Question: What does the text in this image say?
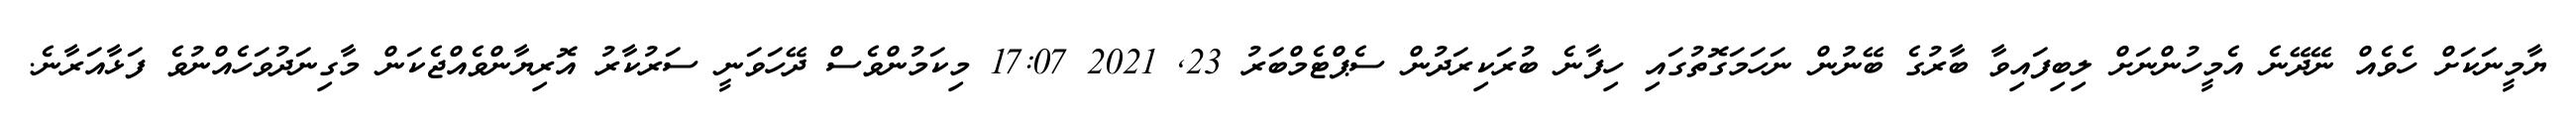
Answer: ޔާމީނަކަށް ހެވެއް ނޭދޭނެ އެމީހުންނަށް ލިބިފައިވާ ބާރުގެ ބޭނުން ނަހަމަގޮތުގައި ހިފާނެ ބުރަކިރަދުން ސެޕްޓެމްބަރު 23, 2021 17:07 މިކަމުންވެސް ދޭހަވަނީ ސަރުކާރު އޮރިޔާންވެއްޖެކަން މާގިނަދުވަހެއްނުވެ ފަޅާއަރާނެ.